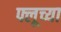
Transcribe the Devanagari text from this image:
फ्लूच्या